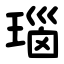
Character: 瑙